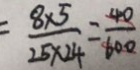
= \frac { 8 \times 5 } { 2 5 \times 2 4 } = \frac { 4 0 } { 6 0 0 }